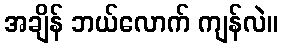
အချိန် ဘယ်လောက် ကျန်လဲ။